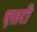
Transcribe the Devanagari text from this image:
एतरो